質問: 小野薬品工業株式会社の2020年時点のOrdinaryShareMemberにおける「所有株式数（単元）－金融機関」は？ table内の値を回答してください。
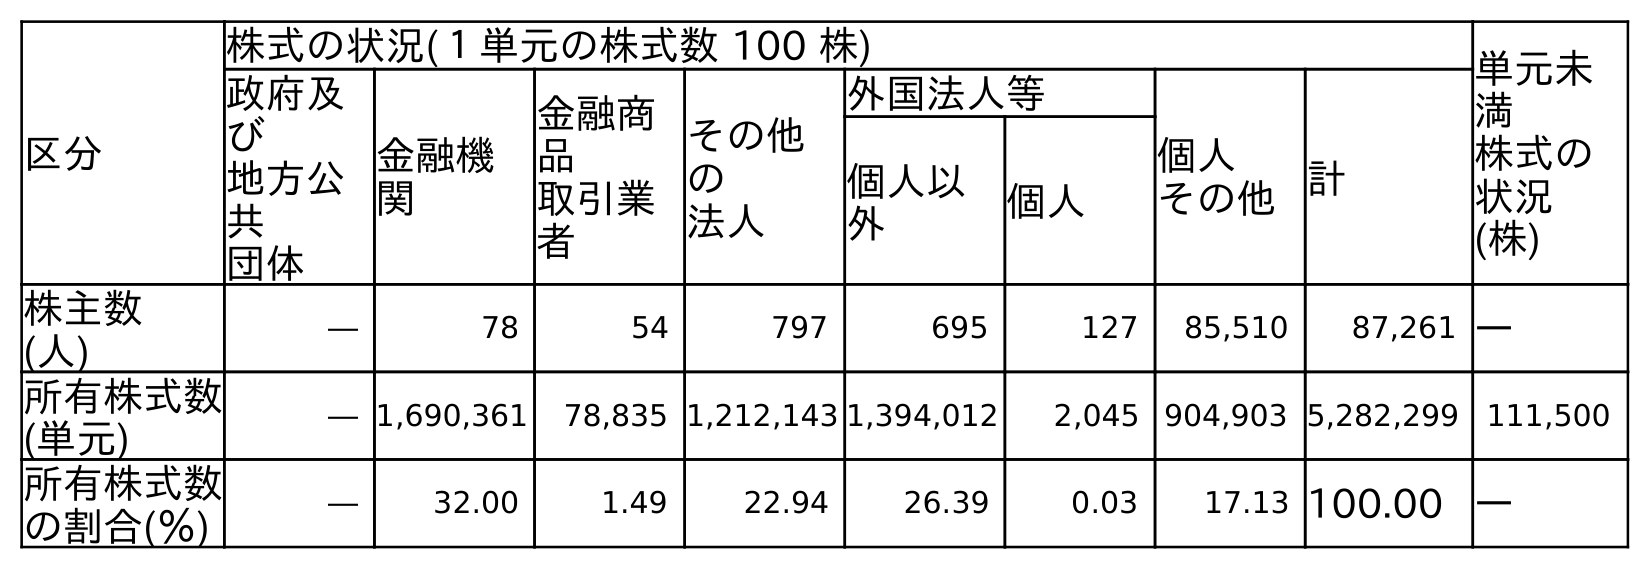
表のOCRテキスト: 区分 株式の状況(１単元の株式数 100 株) 単元未 満 株式の 状況 (株) 政府及 び 地方公 共 団体 金融機 関 金融商 品 取引業 者 その他 の 法人 外国法人等 個人 その他計 個人以 外 個人 株主数 (人) ― 78 54 797 695 127 85,510 87,261 ― 所有株式数 (単元) ― 1,690,361 78,835 1,212,143 1,394,012 2,045 904,903 5,282,299 111,500 所有株式数 の割合(％) ― 32.00 1.49 22.94 26.39 0.03 17.13 100.00 ―
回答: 1,690,361